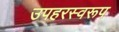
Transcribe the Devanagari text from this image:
उपहरस्वरूप